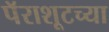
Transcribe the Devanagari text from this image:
पॅराशूटच्या